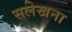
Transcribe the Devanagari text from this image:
सलेखना